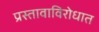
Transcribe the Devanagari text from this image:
प्रस्तावाविरोधात